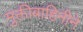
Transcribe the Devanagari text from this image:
मुक्तीबाहिनीने